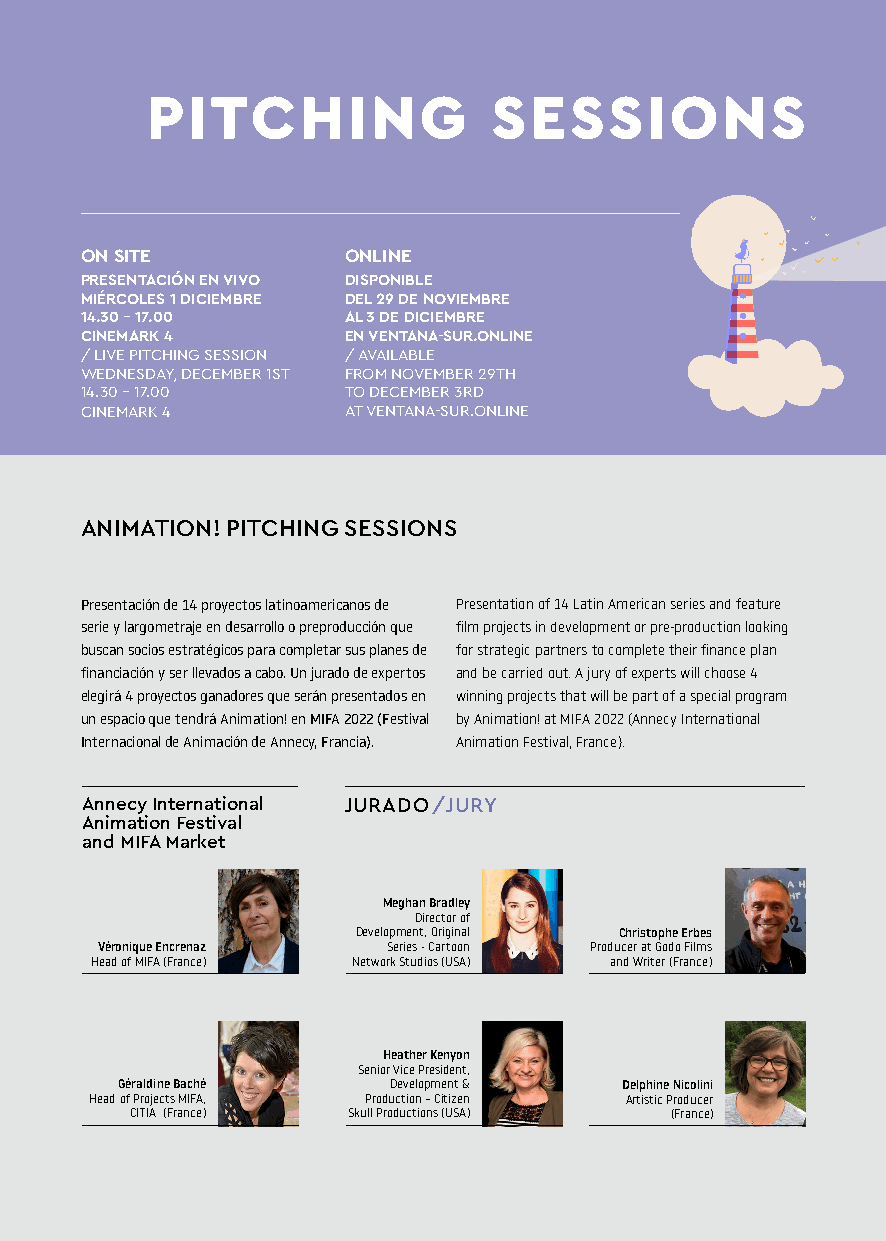
PITCHING               SESSIONS
 ON SITE           ONLINE
 PRESENTACIÓN EN VIVO DISPONIBLE
 MIÉRCOLES 1 DICIEMBRE DEL 29 DE NOVIEMBRE
 14.30 - 17.00     AL 3 DE DICIEMBRE
 CINEMARK 4        EN VENTANA-SUR.ONLINE
 / LIVE PITCHING SESSION / AVAILABLE
 WEDNESDAY, DECEMBER 1ST FROM NOVEMBER 29TH
 14.30 - 17.00     TO DECEMBER 3RD
 CINEMARK 4        AT VENTANA-SUR.ONLINE
 ANIMATION! PITCHING SESSIONS
 Presentación de 14 proyectos latinoamericanos de Presentation of 14 Latin American series and feature
 serie y largometraje en desarrollo o preproducción que film projects in development or pre-production looking
 buscan socios estratégicos para completar sus planes de for strategic partners to complete their finance plan
 financiación y ser llevados a cabo. Un jurado de expertos and be carried out. A jury of experts will choose 4
 elegirá 4 proyectos ganadores que serán presentados en winning projects that will be part of a special program
 un espacio que tendrá Animation! en MIFA 2022 (Festival by Animation! at MIFA 2022 (Annecy International
 Internacional de Animación de Annecy, Francia). Animation Festival, France).
 Annecy International JURADO / JURY
 Animation Festival
 and MIFA Market
 Meghan Bradley
 Director of
 Development, Original Christophe Erbes
 Véronique Encrenaz  Series - Cartoon Producer at Godo Films
 Head of MIFA (France) Network Studios (USA) and Writer (France)
 Heather Kenyon
 Senior Vice President,
 Géraldine Baché   Development &  Delphine Nicolini
 Head of Projects MIFA, Production – Citizen Artistic Producer
 CITIA (France) Skull Productions (USA) (France)